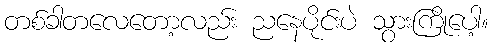
တစ်ခါတလေတော့လည်း ညနေပိုင်းပဲ သွားကြိုပေါ့။